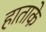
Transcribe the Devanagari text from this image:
हाताके